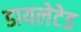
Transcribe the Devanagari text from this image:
डायलेटेड